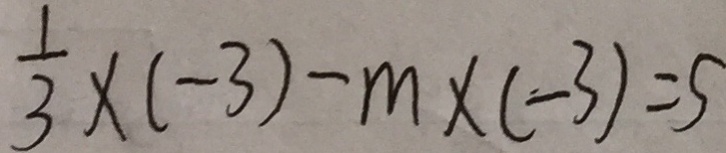
\frac { 1 } { 3 } \times ( - 3 ) - m \times ( - 3 ) = 5